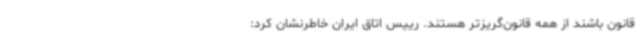
قانون باشند از همه قانون‌گریزتر هستند. رییس اتاق ایران خاطرنشان کرد: